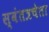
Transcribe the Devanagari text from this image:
स्वंतत्रचेता